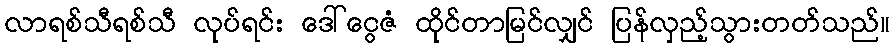
လာရစ်သီရစ်သီ လုပ်ရင်း ဒေါ်ငွေဇံ ထိုင်တာမြင်လျှင် ပြန်လှည့်သွားတတ်သည်။